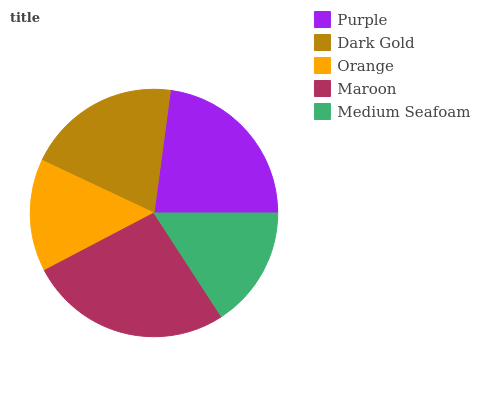
| Purple | Dark Gold | Orange | Maroon | Medium Seafoam |
 | --- | --- | --- | --- | --- |
 | 22.9% | 20.1% | 14.7% | 26.4% | 15.8% |